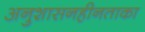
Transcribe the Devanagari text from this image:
अनुशासनहीनताका